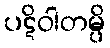
ပဋိဝါတမ္ပိ